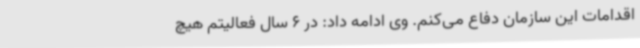
اقدامات این سازمان دفاع می‌کنم. وی ادامه داد: در 6 سال فعالیتم هیچ